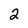
Character: 2